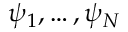
\psi _ { 1 } , \ldots , \psi _ { N }